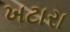
ખટારા